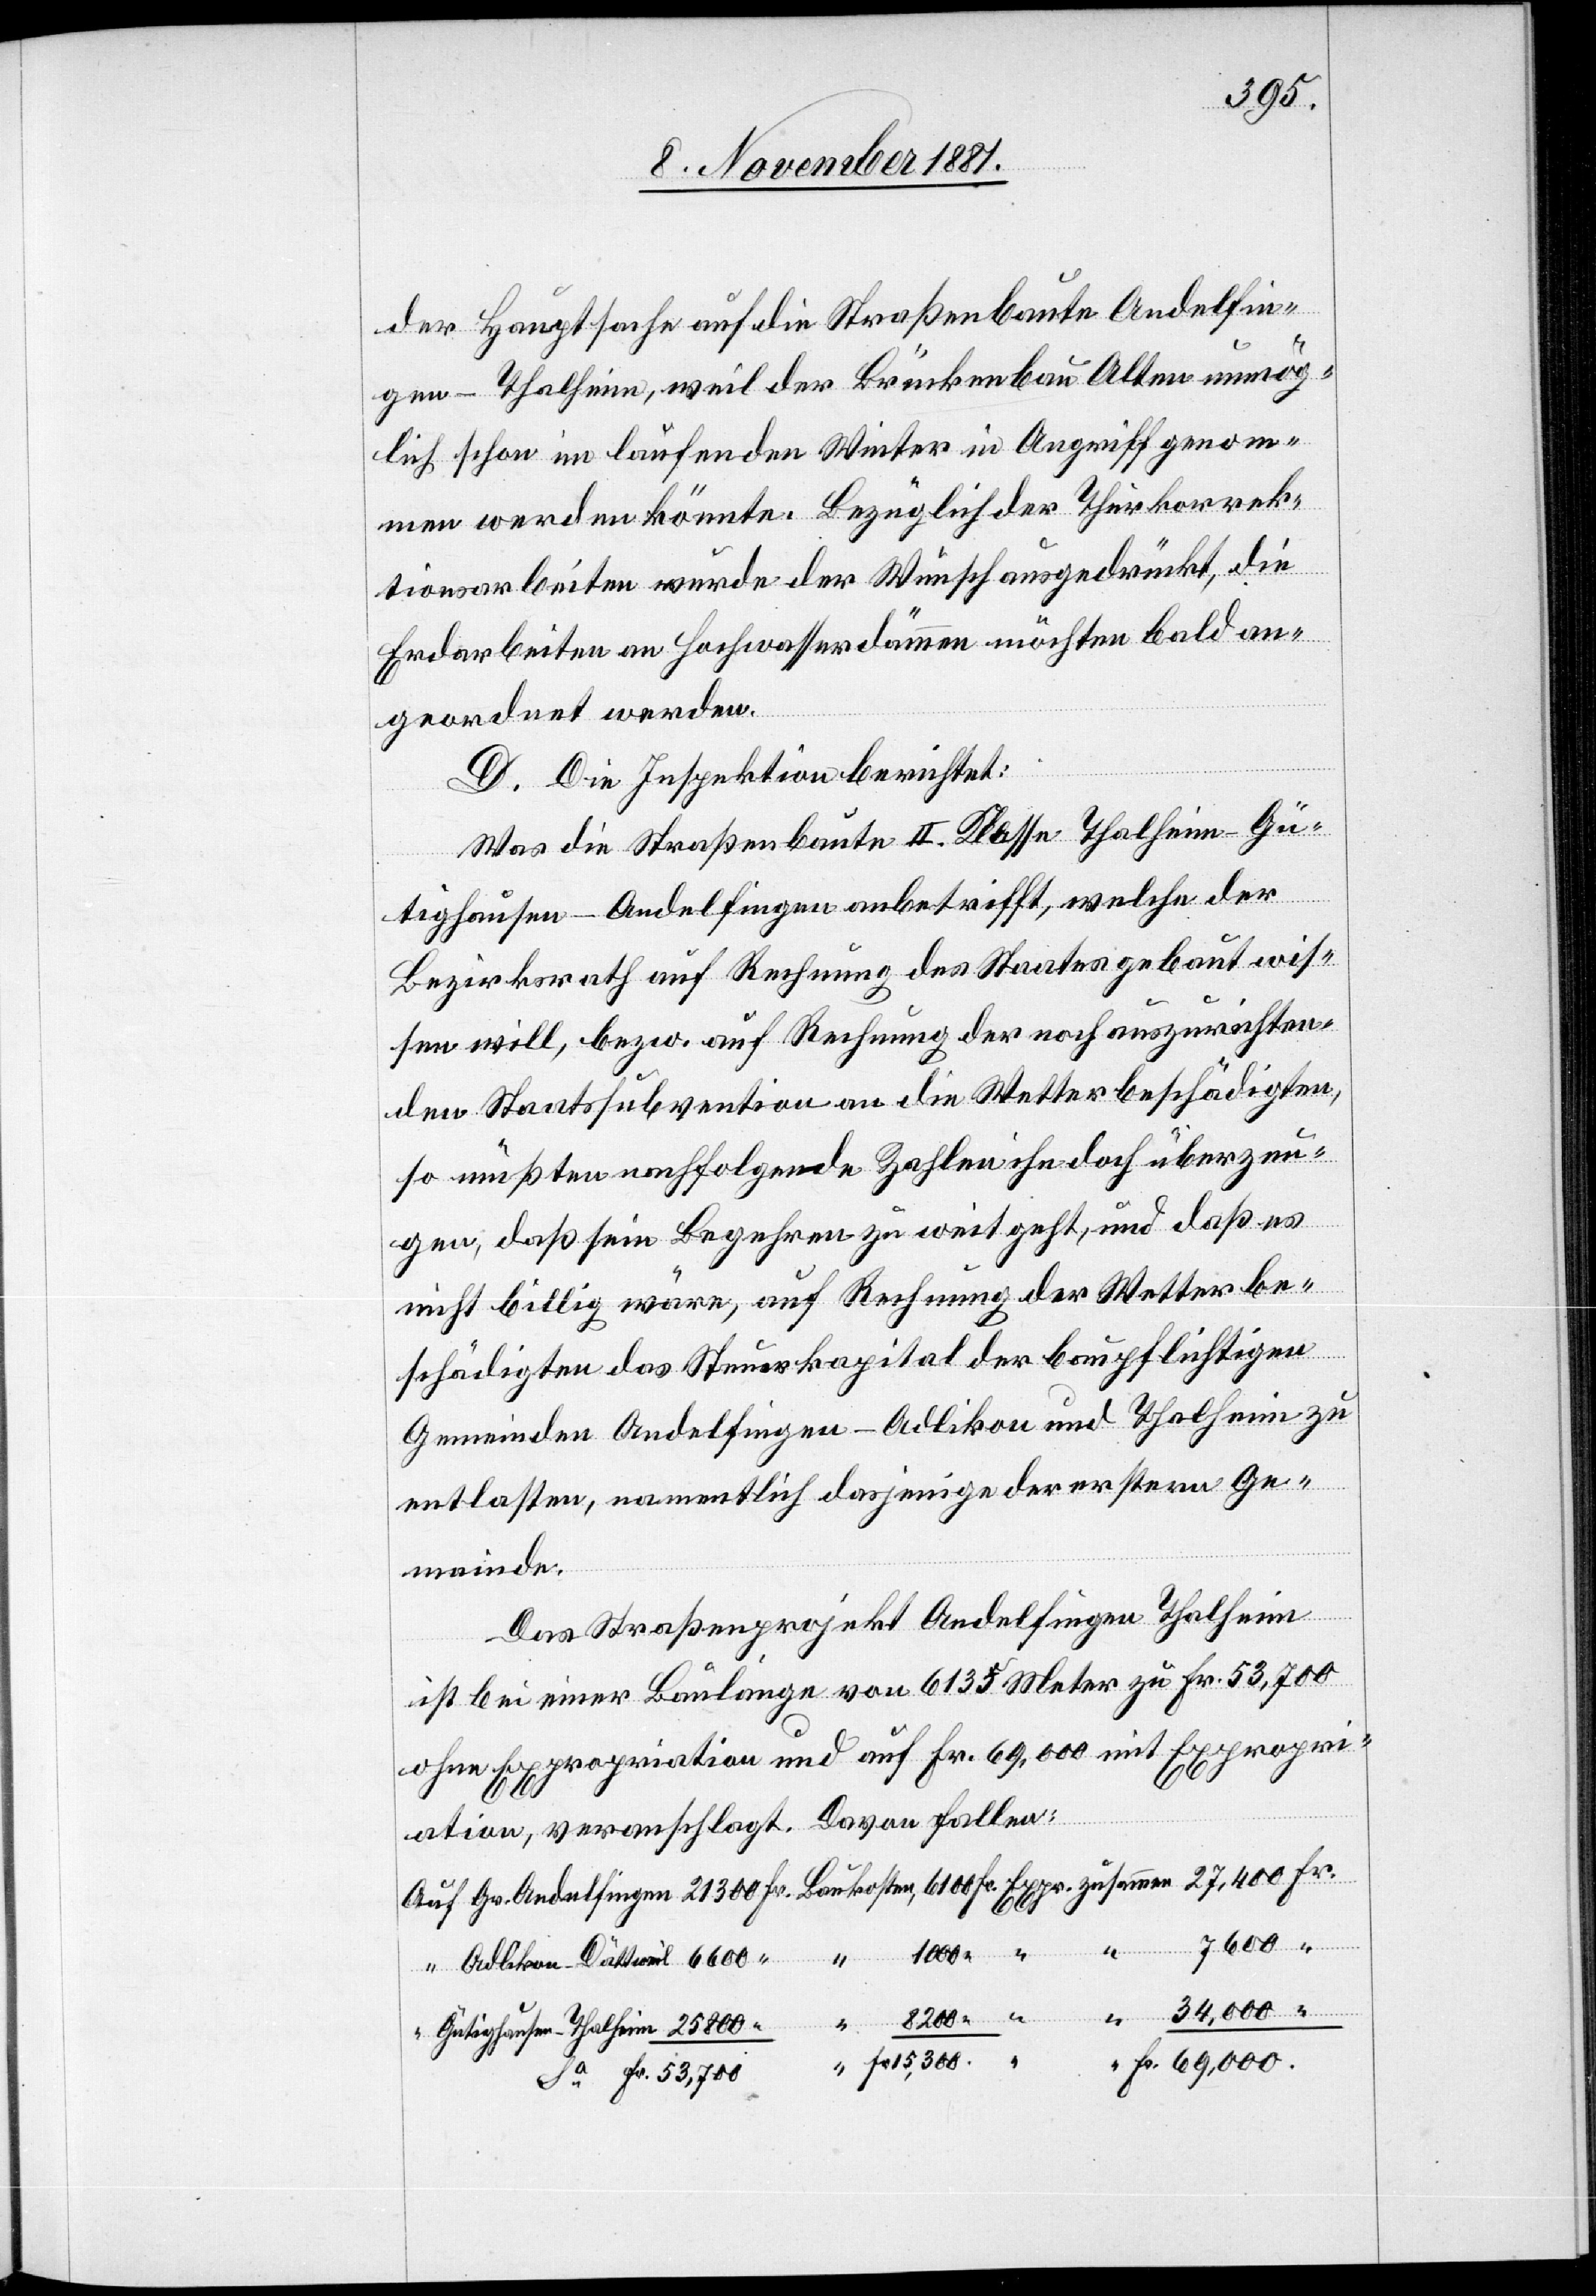
6600
der Hauptsache auf die Straßenbaute Andelfin¬
gen–Thalheim, weil der Brückenbau Alten unmög¬
lich schon im laufenden Winter in Angriff genom¬
men werden könnte. Bezüglich der Thurkorrek¬
tionsarbeiten wurde der Wunsch ausgedrückt, die
Erdarbeiten an Hochwasserdämmen möchten bald an¬
geordnet werden.
D. Die Inspektion berichtet:
Was die Straßenbaute II. Klasse Thalheim–Gü¬
tighausen–Andelfingen anbetrifft, welche der
Bezirksrath auf Rechnung des Staates gebaut wis¬
sen will, bezw. auf Rechnung der noch auszurichten¬
den Staatssubvention an die Wetterbeschädigten,
so müßten nachfolgende Zahlen ihn doch überzeu¬
gen, daß sein Begehren zu weit geht, und daß es
nicht billig wäre, auf Rechnung der Wetterbe¬
“
schädigten das Steuerkapital der baupflichtigen
Gemeinden Andelfingen-Adlikon und Thalheim zu
entlasten, namentlich dasjenige der erstern Ge¬
meinde:
Das Straßenprojekt Andelfingen Thalheim
ist bei einer Baulänge von 6135 Meter zu Fr. 53,700
ohne Expropriation und auf Fr. 69,000 mit Expropri¬
Fr.
ation, veranschlagt. Davon fallen:
Fr. 53,700

Fr.